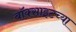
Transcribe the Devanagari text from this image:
बॉक्साइटच्या